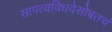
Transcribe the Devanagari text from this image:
सापत्यविधवेसोबतचं